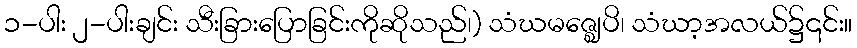
၁-ပါး ၂-ပါးချင်း သီးခြားပြောခြင်းကိုဆိုသည်၊) သံဃမဇ္ဈေပိ၊ သံဃာ့အလယ်၌၎င်း။